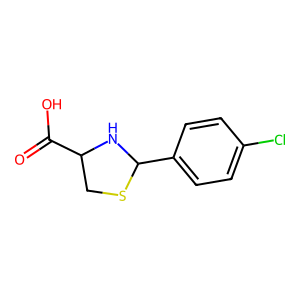
SMILES: O=C(O)C1CSC(c2ccc(Cl)cc2)N1
Inhibits HIV replication: No